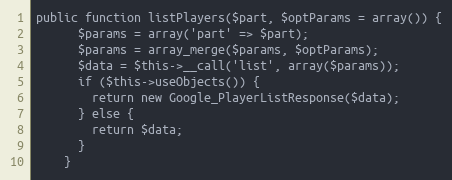
Language: PHP
public function listPlayers($part, $optParams = array()) {
      $params = array('part' => $part);
      $params = array_merge($params, $optParams);
      $data = $this->__call('list', array($params));
      if ($this->useObjects()) {
        return new Google_PlayerListResponse($data);
      } else {
        return $data;
      }
    }